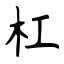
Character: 杠